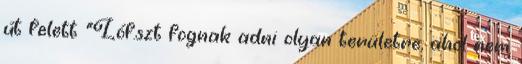
út felett "Lóf.szt fognak adni olyan területre, ahol nem